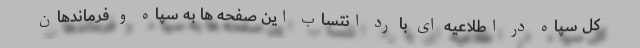
کل سپاه در اطلاعیه ای با رد انتساب این صفحه ها به سپاه و فرماندهان